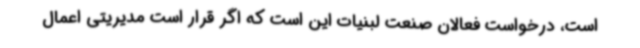
است، درخواست فعالان صنعت لبنیات این است که اگر قرار است مدیریتی اعمال